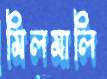
মিলমালি